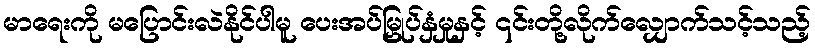
မာရေးကို မပြောင်းလဲနိုင်ပါမူ ပေးအပ်မြှုပ်နှံမှုနှင့် ၎င်းတို့လိုက်လျှောက်သင့်သည့်